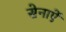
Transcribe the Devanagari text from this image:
सेनाऐं